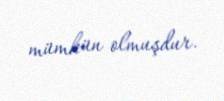
mümkün olmuşdur.